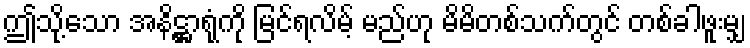
ဤသို့သော အနိဋ္ဌာရုံကို မြင်ရလိမ့် မည်ဟု မိမိတစ်သက်တွင် တစ်ခါဖူးမျှ